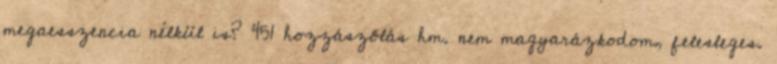
megaesszencia nélkül is? 451 hozzászólás hm. nem magyarázkodom, felesleges.